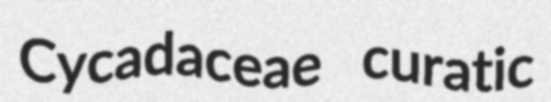
Cycadaceae curatic